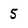
Character: 5